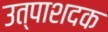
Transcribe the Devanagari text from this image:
उत्पाशदक